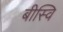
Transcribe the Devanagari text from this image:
बीस्वि